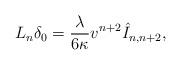
LaTeX: \begin{align*} L_n\delta_0=\frac{\lambda}{6\kappa}v^{n+2}\hat{I}_{n,n+2},\end{align*}